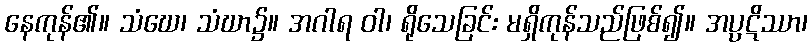
နေကုန်၏။ သံဃေ၊ သံဃာ၌။ အဂါရ ဝါ၊ ရိုသေခြင်း မရှိကုန်သည်ဖြစ်၍။ အပ္ပဋိဿာ၊